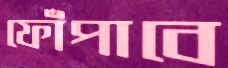
ফোঁপাবে